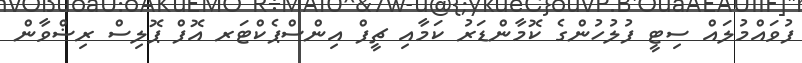
ފުވައްމުލައް ސިޓީ ފުލުހުންގެ ކޮމާންޑަރު ކަމާއި ޗީފް އިންސްޕެކްޓަރ އޮފް ޕޮލިސް ރިޟްވާން